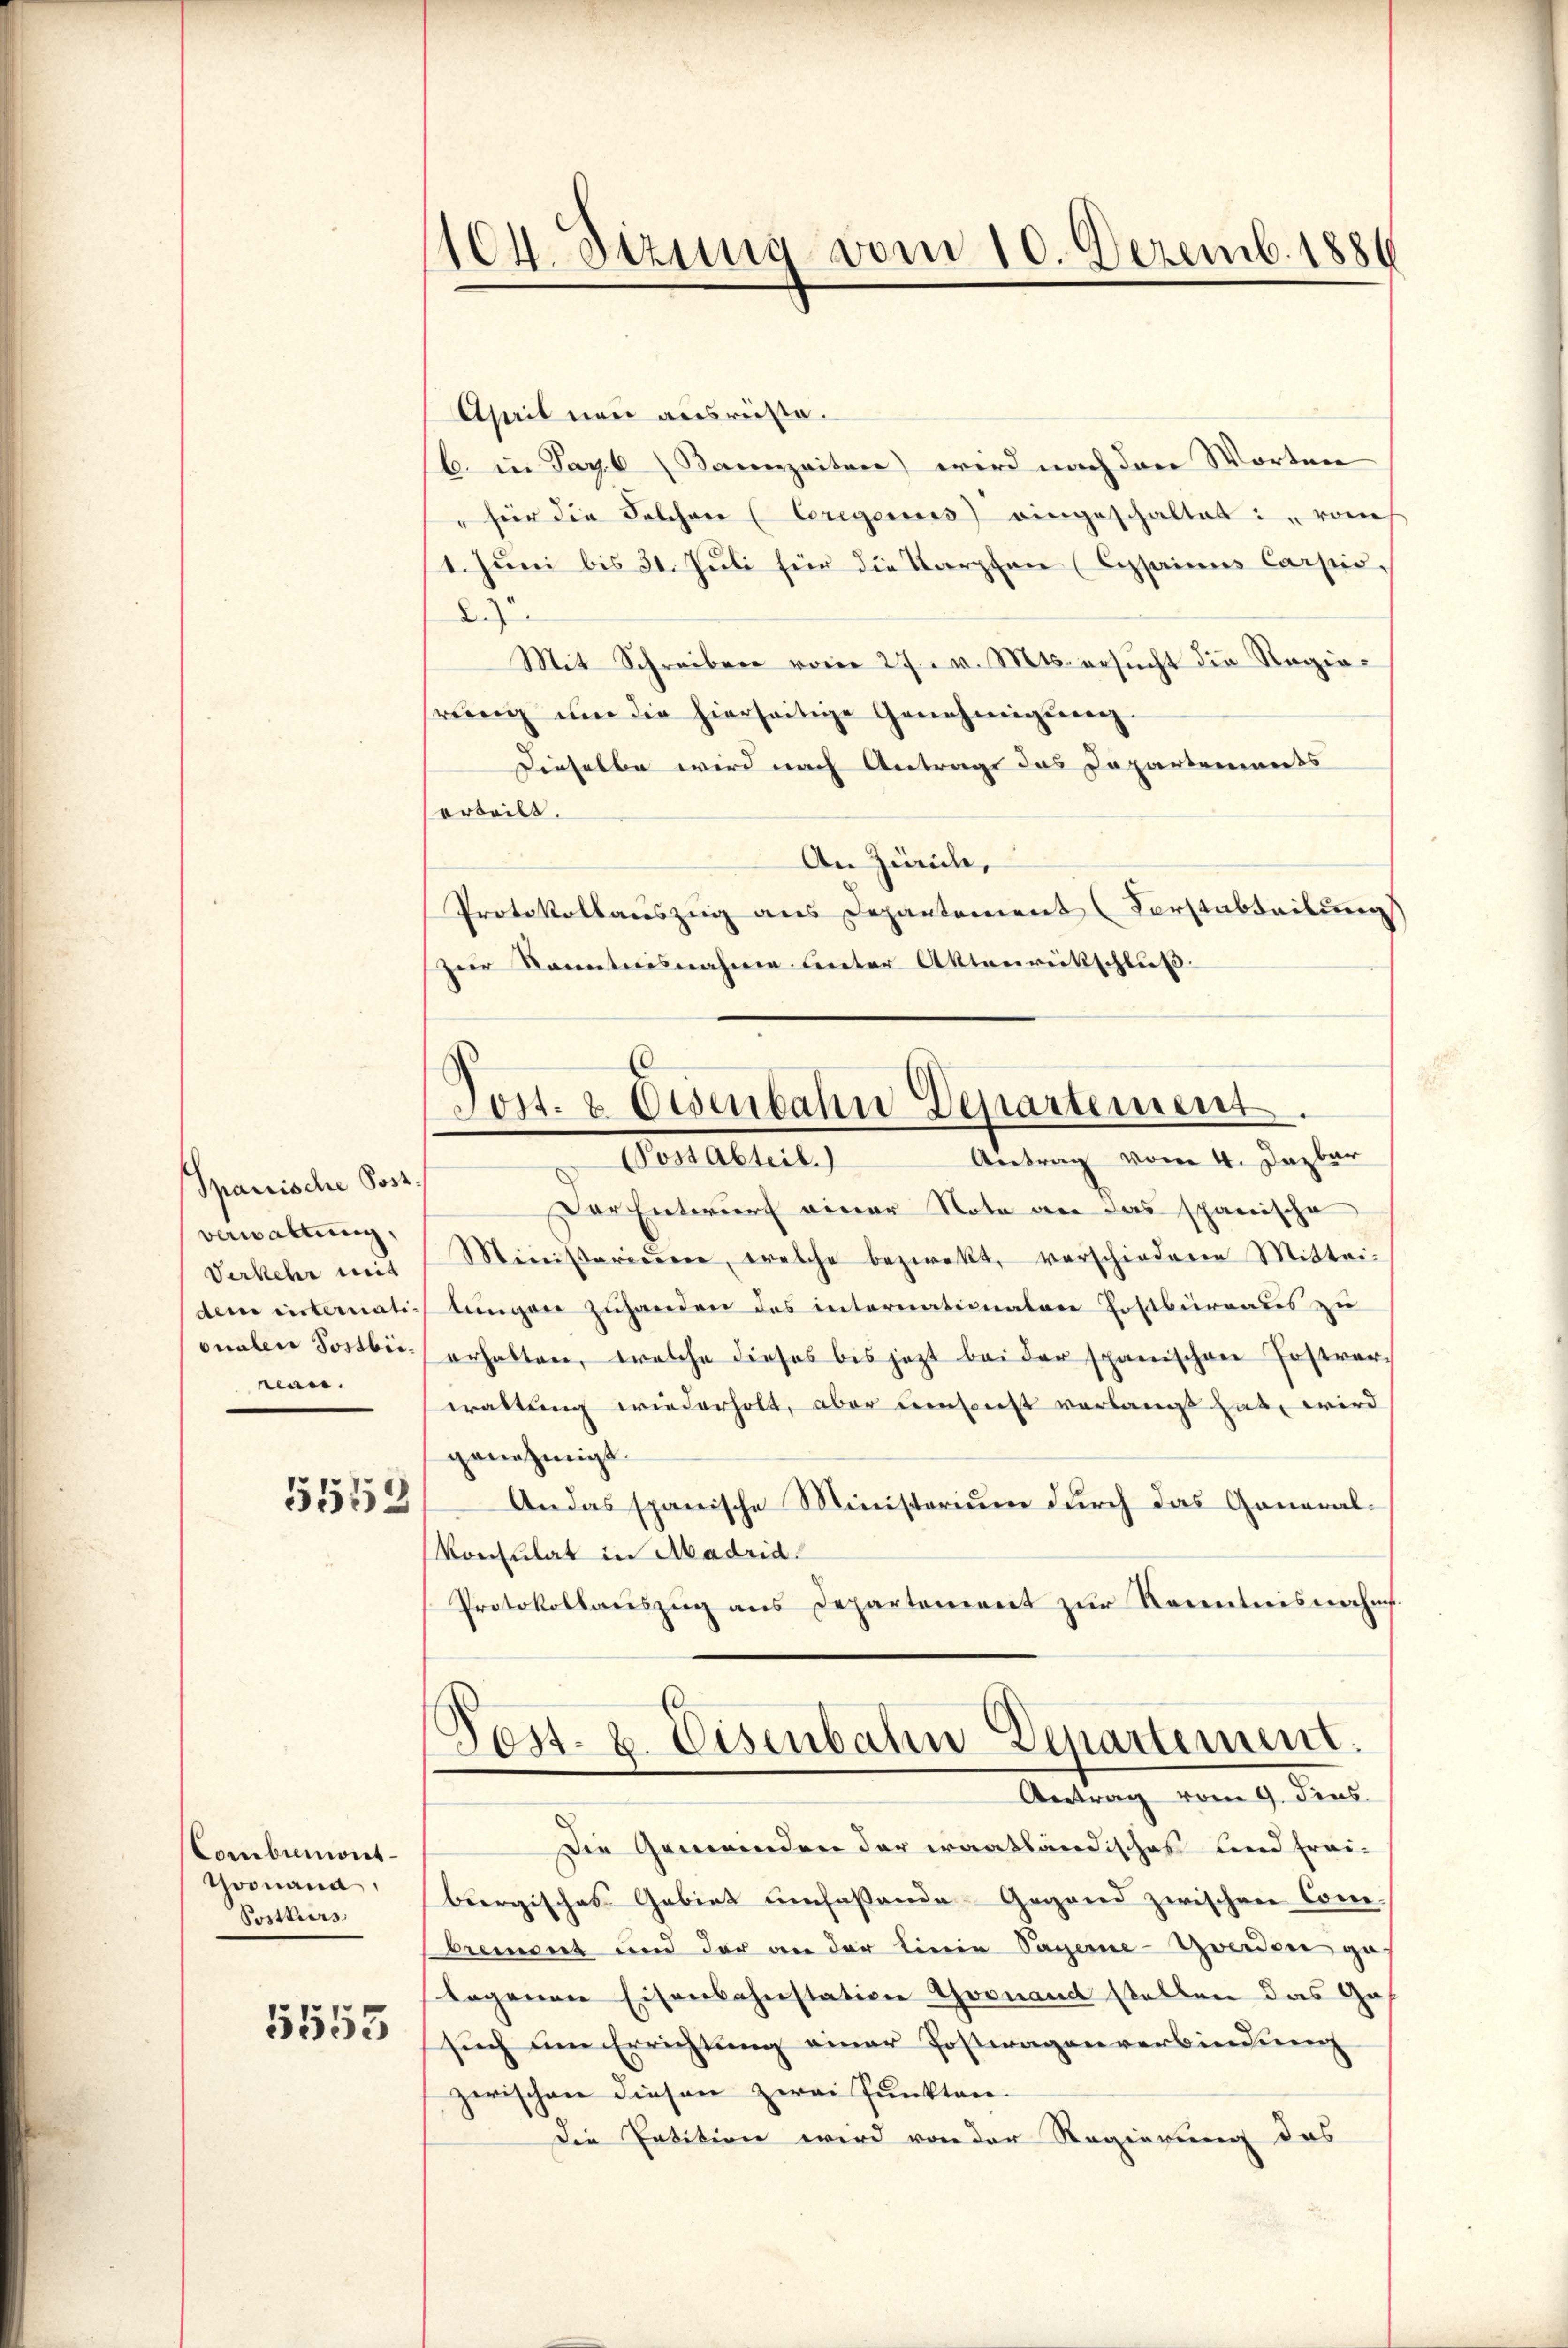
Spanische Post.
verwaltung,
Verkehr mit
dem risternationalen Postbienan.

5558

Combumont-
Goonana,
Postkurs
5553

1104. Dizung vom 10. Dezemb. 1886

Aserit non ausreiste.
/6. in Tag. 6 (Kannzeiten) wird nach den Worten
" für die Folcher (Ceregeriss eingeschaltet: " von
1. Juni bis 31. Juli für die Karpfen (Cysaimus Carpis,
2
Mit Schreiben vom 27. v. Mts. ersŭcht die Regie-
reng um die hierseitige Genehmigŭng
Dieselbe wird nach Antrage das Departements
orteilt.
An Zürich,
Protokollauszug aus Depantement Forstabteilung
(zur Kenntnisnahme unter Aktenrückschluß
Der Entwurf einer Note an das spanische
Ministerieren, welche bezweckt, verschiedene Mittei-
tungen zuhanden das internationalen Postbüreaus zu
erhalten, welche dieses bis jezt bei der spanischen Postverwaltung wiederholt, aber umsonst verlangt hat, wird
genehmigt.
Andas spanische Ministerium durch das General¬
Konsulat in Madrid.
Protokollauszug aus Departement zur Kenntnisnehm.
Post- u. Eisenbahn Departement.
Antrag vom 9. Fens
Die Gemeinden der waatländisches und frei-
burgisches Gebiet umfassende Gegend zwischen Con-
brement und der an der Linie Sagerne-Zwerden ga
legenen Eisenbahnstation Thornand stellen das Ga
sŭch um Errichtung einer Postwagenverbindung
zwischen diesen zwei Punkten-
Die Patition wird von der Regierung das

Post. & Eisenbahn Departement.
Antrag vom 4. Dazber
(Post abteil.)